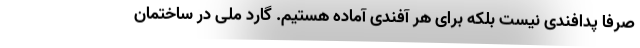
صرفاً پدافندی نیست بلکه برای هر آفندی آماده هستیم. گارد ملی در ساختمان